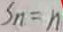
S _ { n } = n